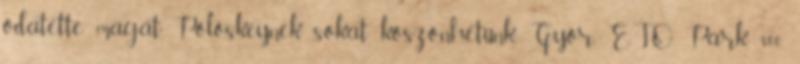
odatette magát. Pölöskeynek sokat köszönhetünk. Győr, ETO Park, 800